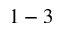
1 - 3